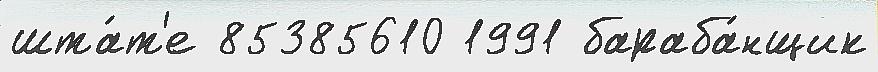
шта́т'е 85385610 1991 бараба́нщик